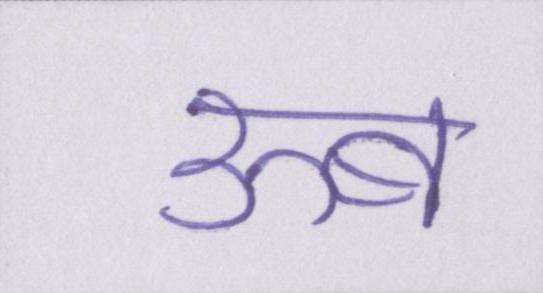
ऊब